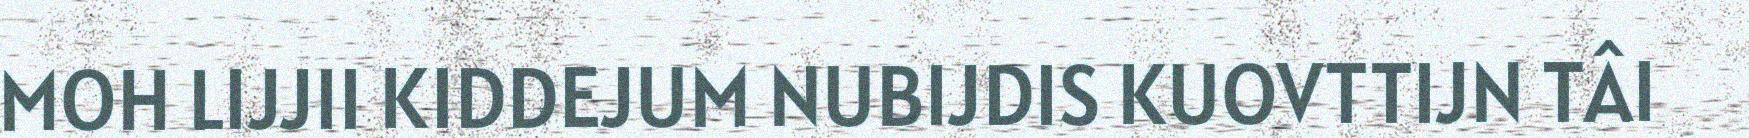
MOH LIJJII KIDDEJUM NUBIJDIS KUOVTTIJN TÂI